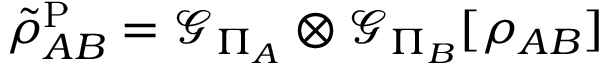
\tilde { \rho } _ { A B } ^ { \mathrm { P } } = \mathcal { G } _ { \Pi _ { A } } \otimes \mathcal { G } _ { \Pi _ { B } } [ \rho _ { A B } ]